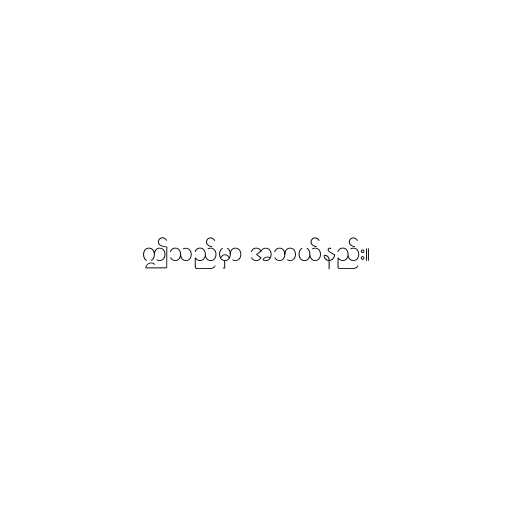
ဤသည်မှာ အဘယ်နည်း။